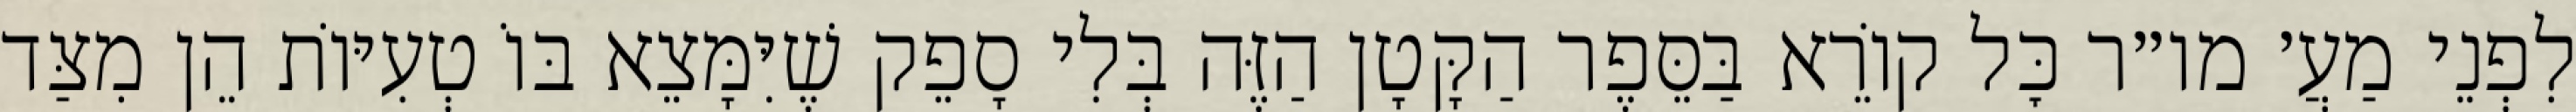
לִפְנֵי מַעֲ׳ מו״ר כׇּל קוֹרֵא בַּסֵּפֶר הַקָּטָן הַזֶּה בְּלִי סָפֵק שֶׁיִּמָּצֵא בּוֹ טְעִיּוֹת הֵן מִצַּד